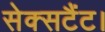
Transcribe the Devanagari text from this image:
सेक्सटैंट।